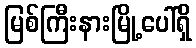
မြစ်ကြီးနားမြို့ပေါ်ရှိ